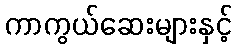
ကာကွယ်ဆေးများနှင့်